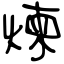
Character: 煉